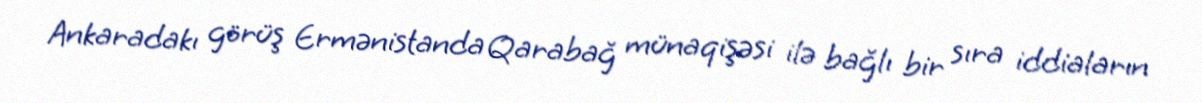
Ankaradakı görüş Ermənistanda Qarabağ münaqişəsi ilə bağlı bir sıra iddiaların